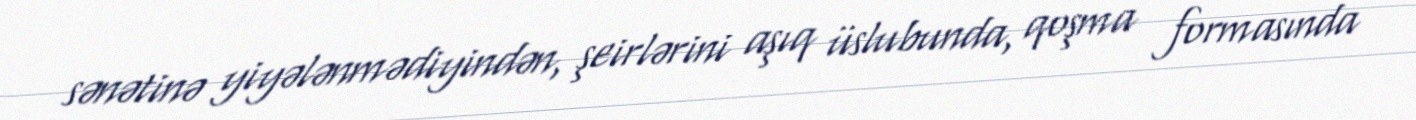
sənətinə yiyələnmədiyindən, şeirlərini aşıq üslubunda, qoşma formasında